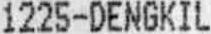
1225-DENGKIL